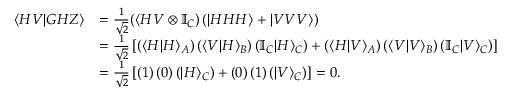
\begin{array} { r l } { \langle H V | G H Z \rangle } & { = \frac { 1 } { \sqrt { 2 } } ( \langle H V \otimes \mathbb { I } _ { C } ) \left( | H H H \rangle + | V V V \rangle \right) } \\ & { = \frac { 1 } { \sqrt { 2 } } \left[ \left( \langle H | H \rangle _ { A } \right) \left( \langle V | H \rangle _ { B } \right) \left( \mathbb { I } _ { C } | H \rangle _ { C } \right) + \left( \langle H | V \rangle _ { A } \right) \left( \langle V | V \rangle _ { B } \right) \left( \mathbb { I } _ { C } | V \rangle _ { C } \right) \right] } \\ & { = \frac { 1 } { \sqrt { 2 } } \left[ \left( 1 \right) \left( 0 \right) \left( | H \rangle _ { C } \right) + \left( 0 \right) \left( 1 \right) \left( | V \rangle _ { C } \right) \right] = 0 . } \end{array}